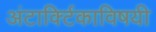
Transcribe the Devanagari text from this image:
अंटार्क्टिकाविषयी